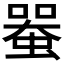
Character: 𧍨